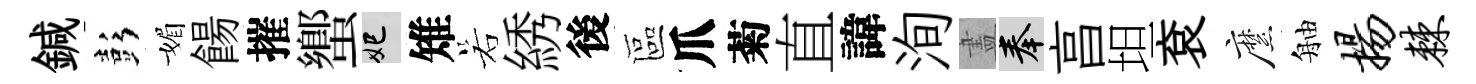
鍼彭媚餳摧蠁妃雉若綉後區爪菊直諱洵𥁞奉亯坦袞縻舳扬棘